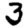
Digit: 3